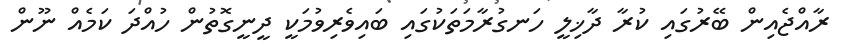
ރާއްޖެއިން ބޭރުގައި ކުރާ ދާޚިލީ ހަނގުރާމަތަކުގައި ބައިވެރިވުމަކީ ދީނީގޮތުން ހުއްދަ ކަމެއް ނޫން